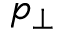
p _ { \perp }